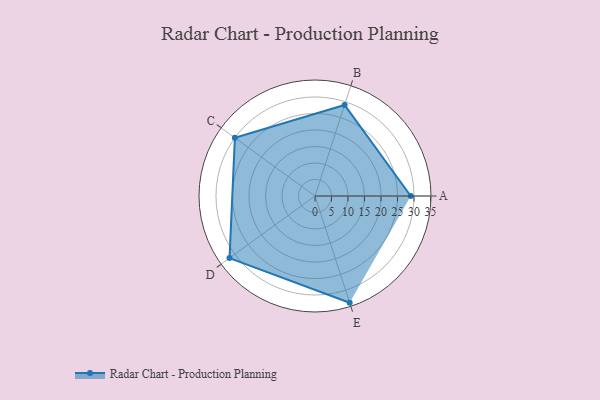
{"axis": {"x": "Skill", "y": "Score"}, "legend": ["Profile"], "data": [{"x": "A", "y": 29.0, "type": "Profile"}, {"x": "B", "y": 29.0, "type": "Profile"}, {"x": "C", "y": 30.0, "type": "Profile"}, {"x": "D", "y": 32.0, "type": "Profile"}, {"x": "E", "y": 34.0, "type": "Profile"}]}